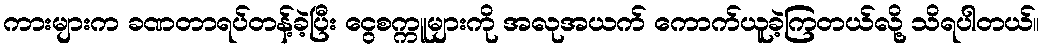
ကားများက ခဏတာရပ်တန့်ခဲ့ပြီး ငွေစက္ကူများကို အလုအယက် ကောက်ယူခဲ့ကြတယ်လို့ သိရပါတယ်။